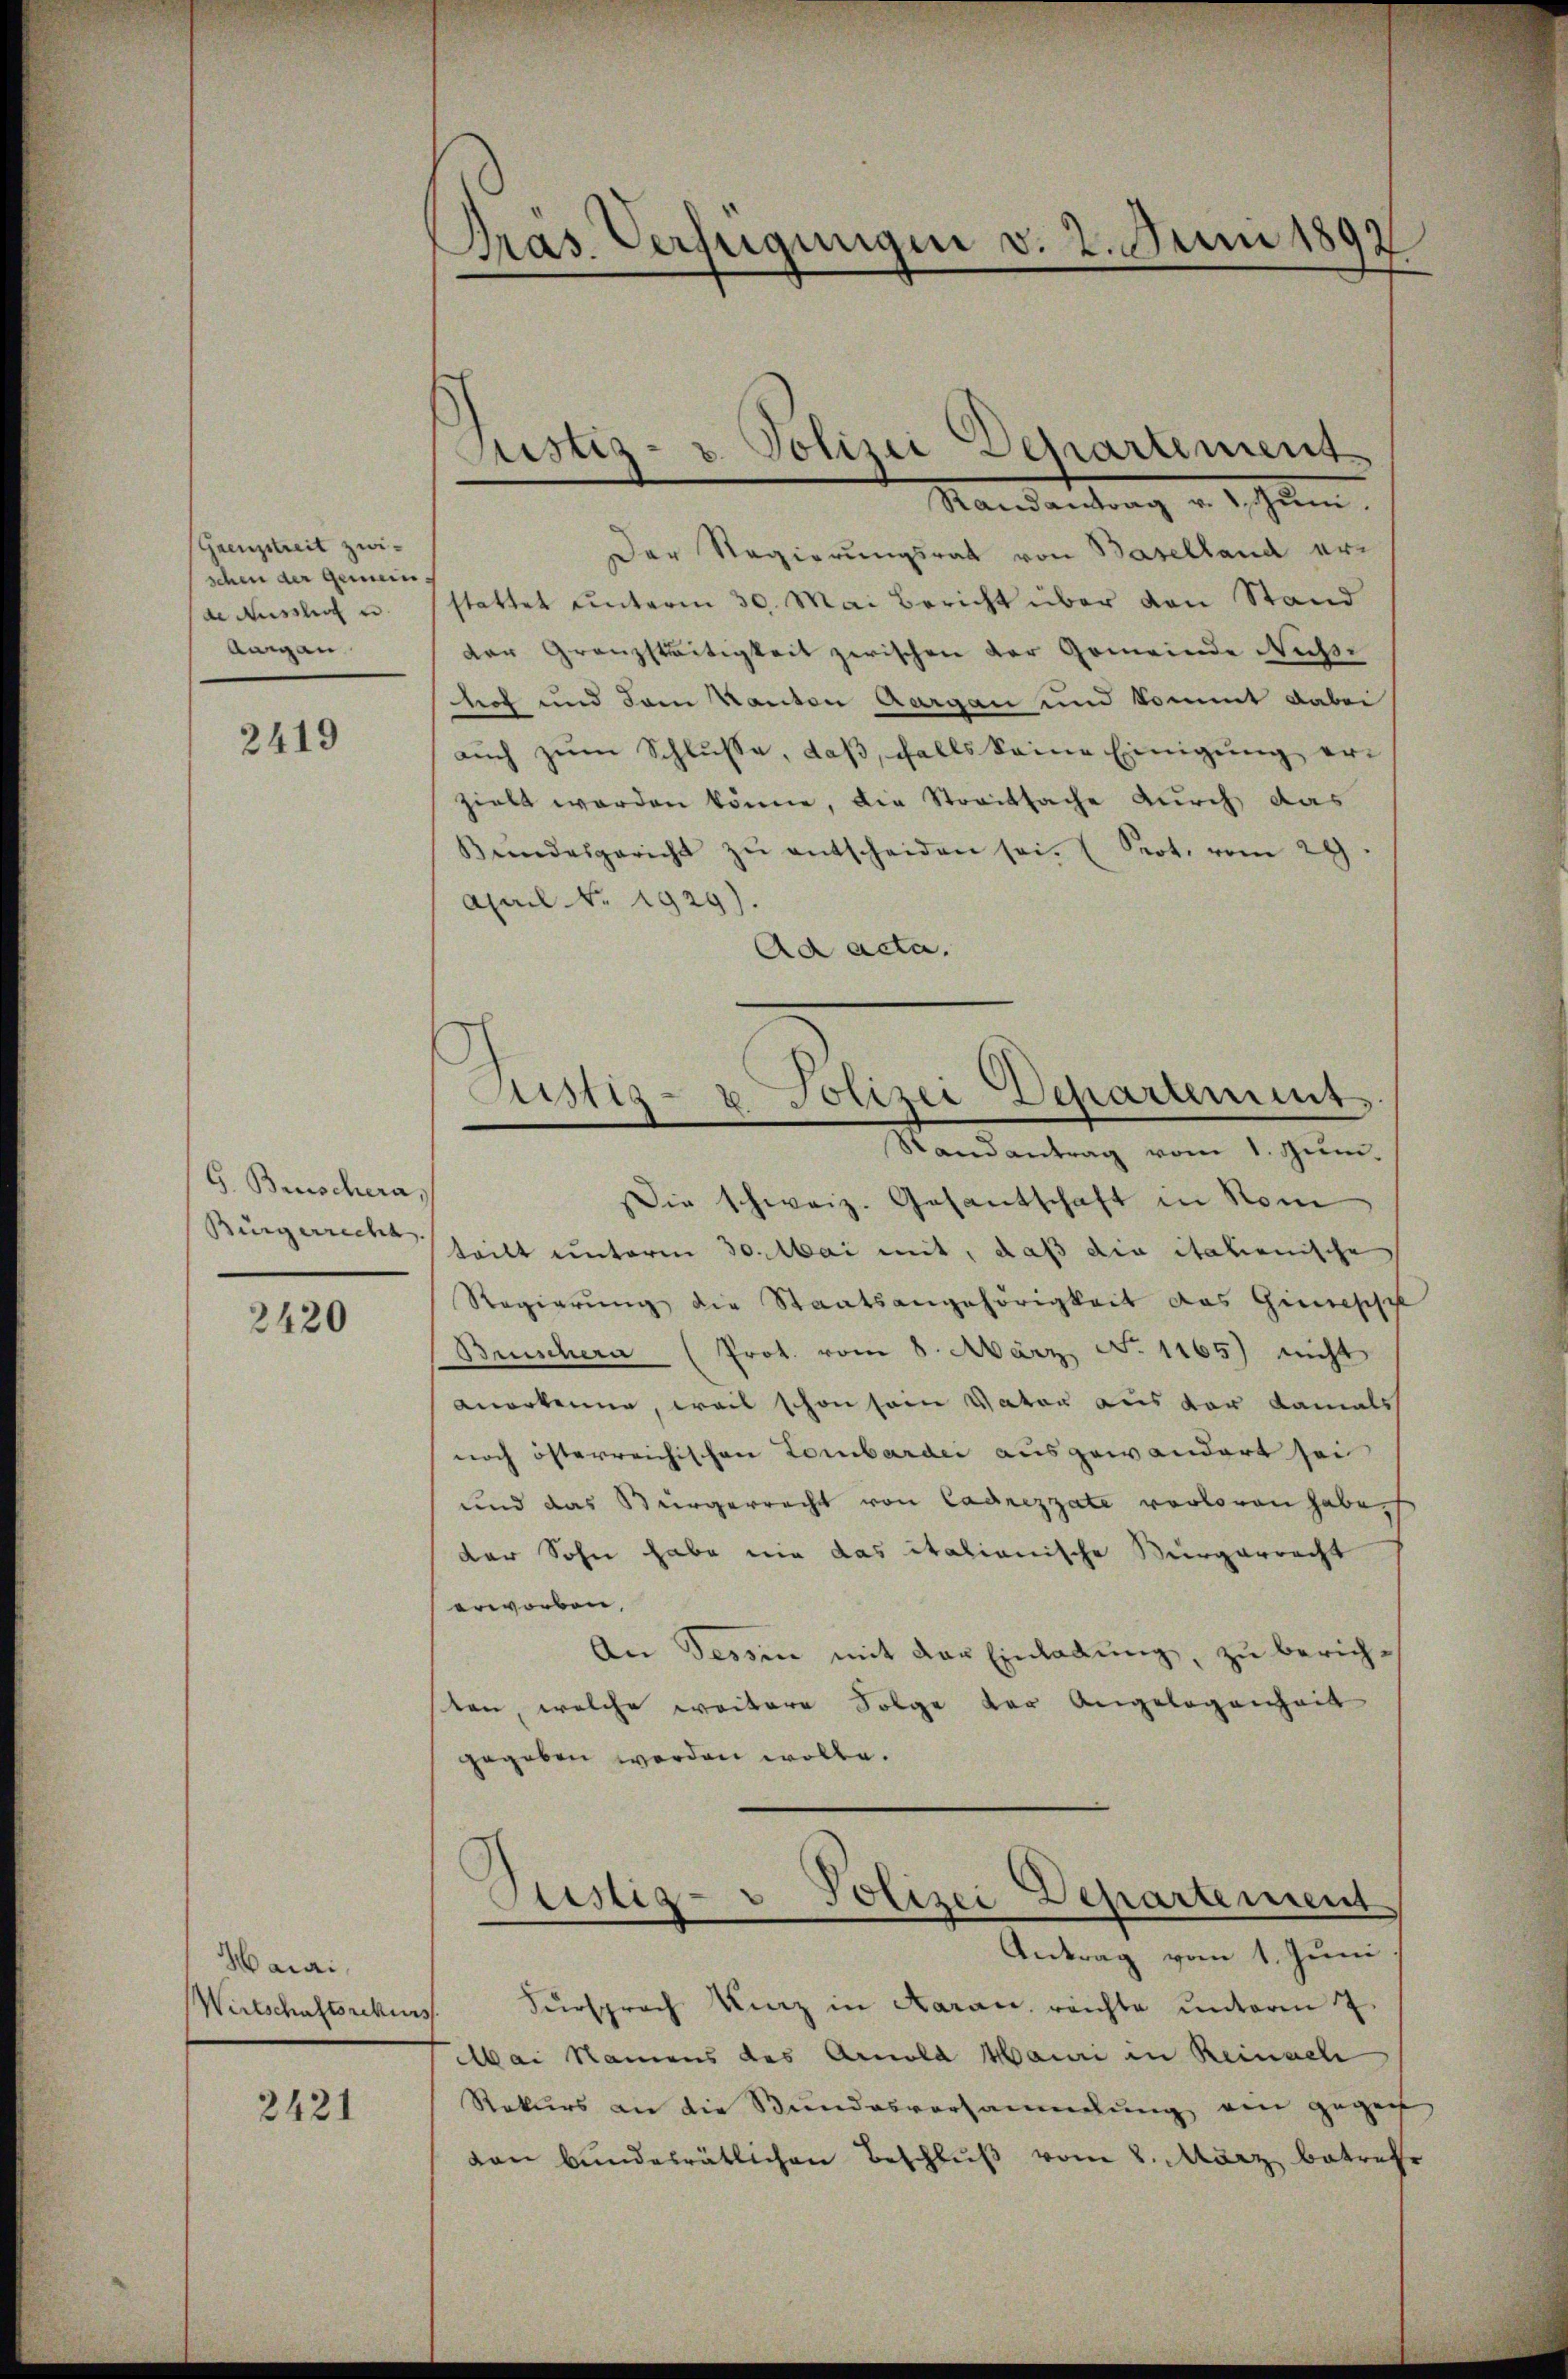
Grenzstreit zwischen der Gemein
de Ausschen u.
Aargau

2419

G. Brüschera
Bürgerrecht

2420

Harai,
Wirtschaftsrechuss

2421

Präs. Verfügungen v. 2. Juni 1892

Justiz- u. Polizei Departement

Justiz- & Polizei Departement

Standentrag v. 1. Jan
Der Regierungsrat von Baselland erstattet unterm 30. Mai bericht über von Stand
der Granzstreitigkeit zwischen der Gemeinde Nüsse
hof und dem Kanton Aargau und kommt dabei
auch zum Schlusse, daß, falls keine Einigung erzielt worden könne, die Streitsache durch das
Bundesgericht zŭ entscheiden sei. (Prot. vom 29
Apal No. 1929).
Ad acta.
Randantrag vom 1. Jun.
ie schweiz. Gesantschaft in Nom
teilt unterm 30. Mai mit, daß die italienische
Regierung die Staatsangehörigkeit das Gimesisch
Brüschera (Prot. vom 8. März, No 1165) nicht
anerkenne, weil schon sein Vater aus vor damals
noch österreichischen Lombardii ausgewandert sei
und das Bürgerrecht von Cadrezzate verloren haben
der Sohn habe nie das italianische Bürgerracht
erworben,
An Tessin mit der Einladung, zu berich-
ten, welche weitere Folge der Angelegenheit
gegeben worden wolle.
Antrag vom 1. Juni
Fürsprach Kurz in Aaran, reichte unterm 7.
Mai Namens des Arnold Mauri in Reinach
Rekurs an die Bundesversammlung ein gegen
dan bŭndesrätlichen Beschlŭβ vom 8. März betreffe

Sistig- u Polizei Departement